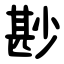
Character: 尠